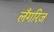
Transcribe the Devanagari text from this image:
लँगरिज